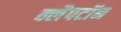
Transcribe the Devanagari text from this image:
क्लैपटॉन